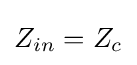
Z_{in}=Z_{c}